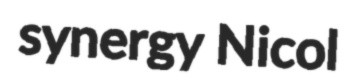
synergy Nicol